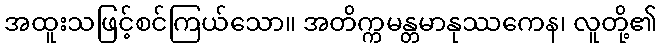
အထူးသဖြင့်စင်ကြယ်သော။ အတိက္ကမန္တမာနုဿကေန၊ လူတို့၏